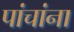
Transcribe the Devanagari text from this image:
पांचांना